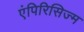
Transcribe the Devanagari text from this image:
एंपिरिसिज्म